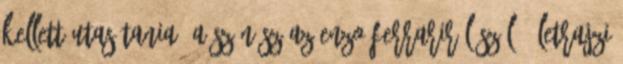
kellett utasítania. A színész az Enzo Ferrariról szóló életrajzi